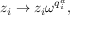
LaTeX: z _ { i } \rightarrow z _ { i } \omega ^ { q _ { i } ^ { a } } ,